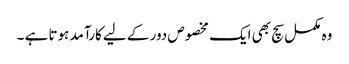
وہ مکمل سچ بھی ایک مخصوص دور کے لیے کارآمد ہوتا ہے ۔